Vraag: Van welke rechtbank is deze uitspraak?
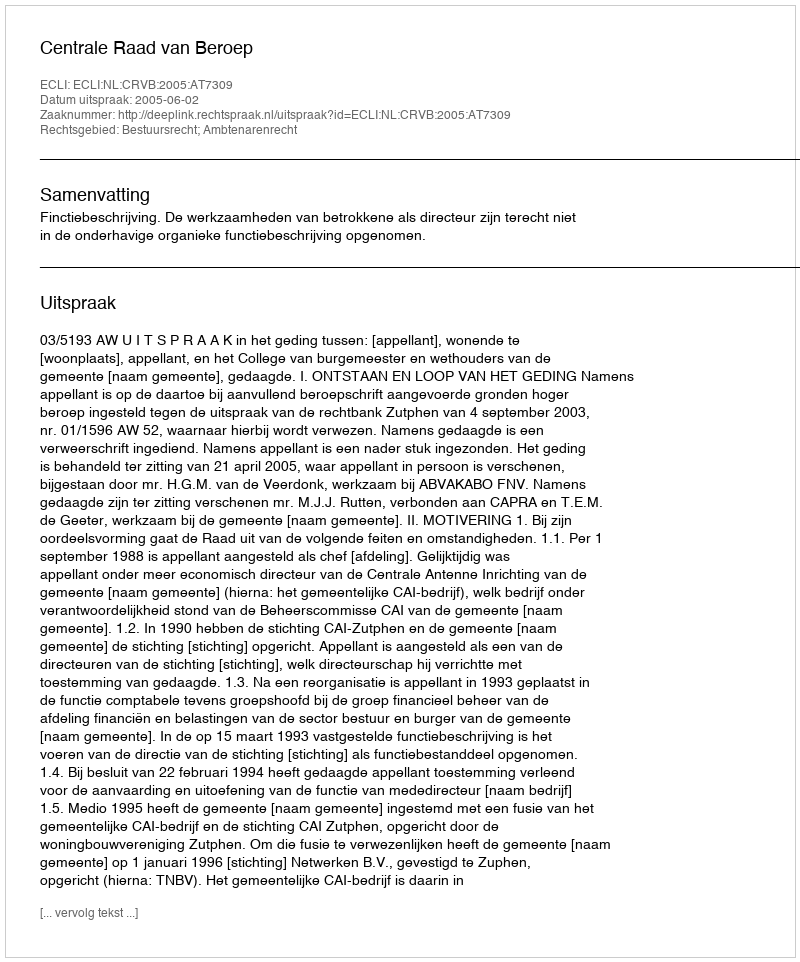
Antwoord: Centrale Raad van Beroep